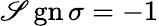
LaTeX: \operatorname{\mathscr{S}gn}\sigma=-1